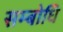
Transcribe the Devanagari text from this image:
सम्‍बोधि